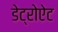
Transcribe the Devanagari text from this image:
डेट्रोऐट